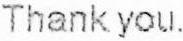
THANK YOU.